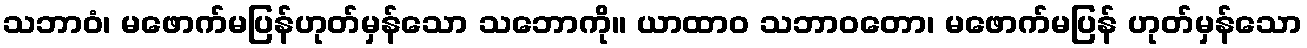
သဘာဝံ၊ မဖောက်မပြန်ဟုတ်မှန်သော သဘောကို။ ယာထာဝ သဘာဝတော၊ မဖောက်မပြန် ဟုတ်မှန်သော